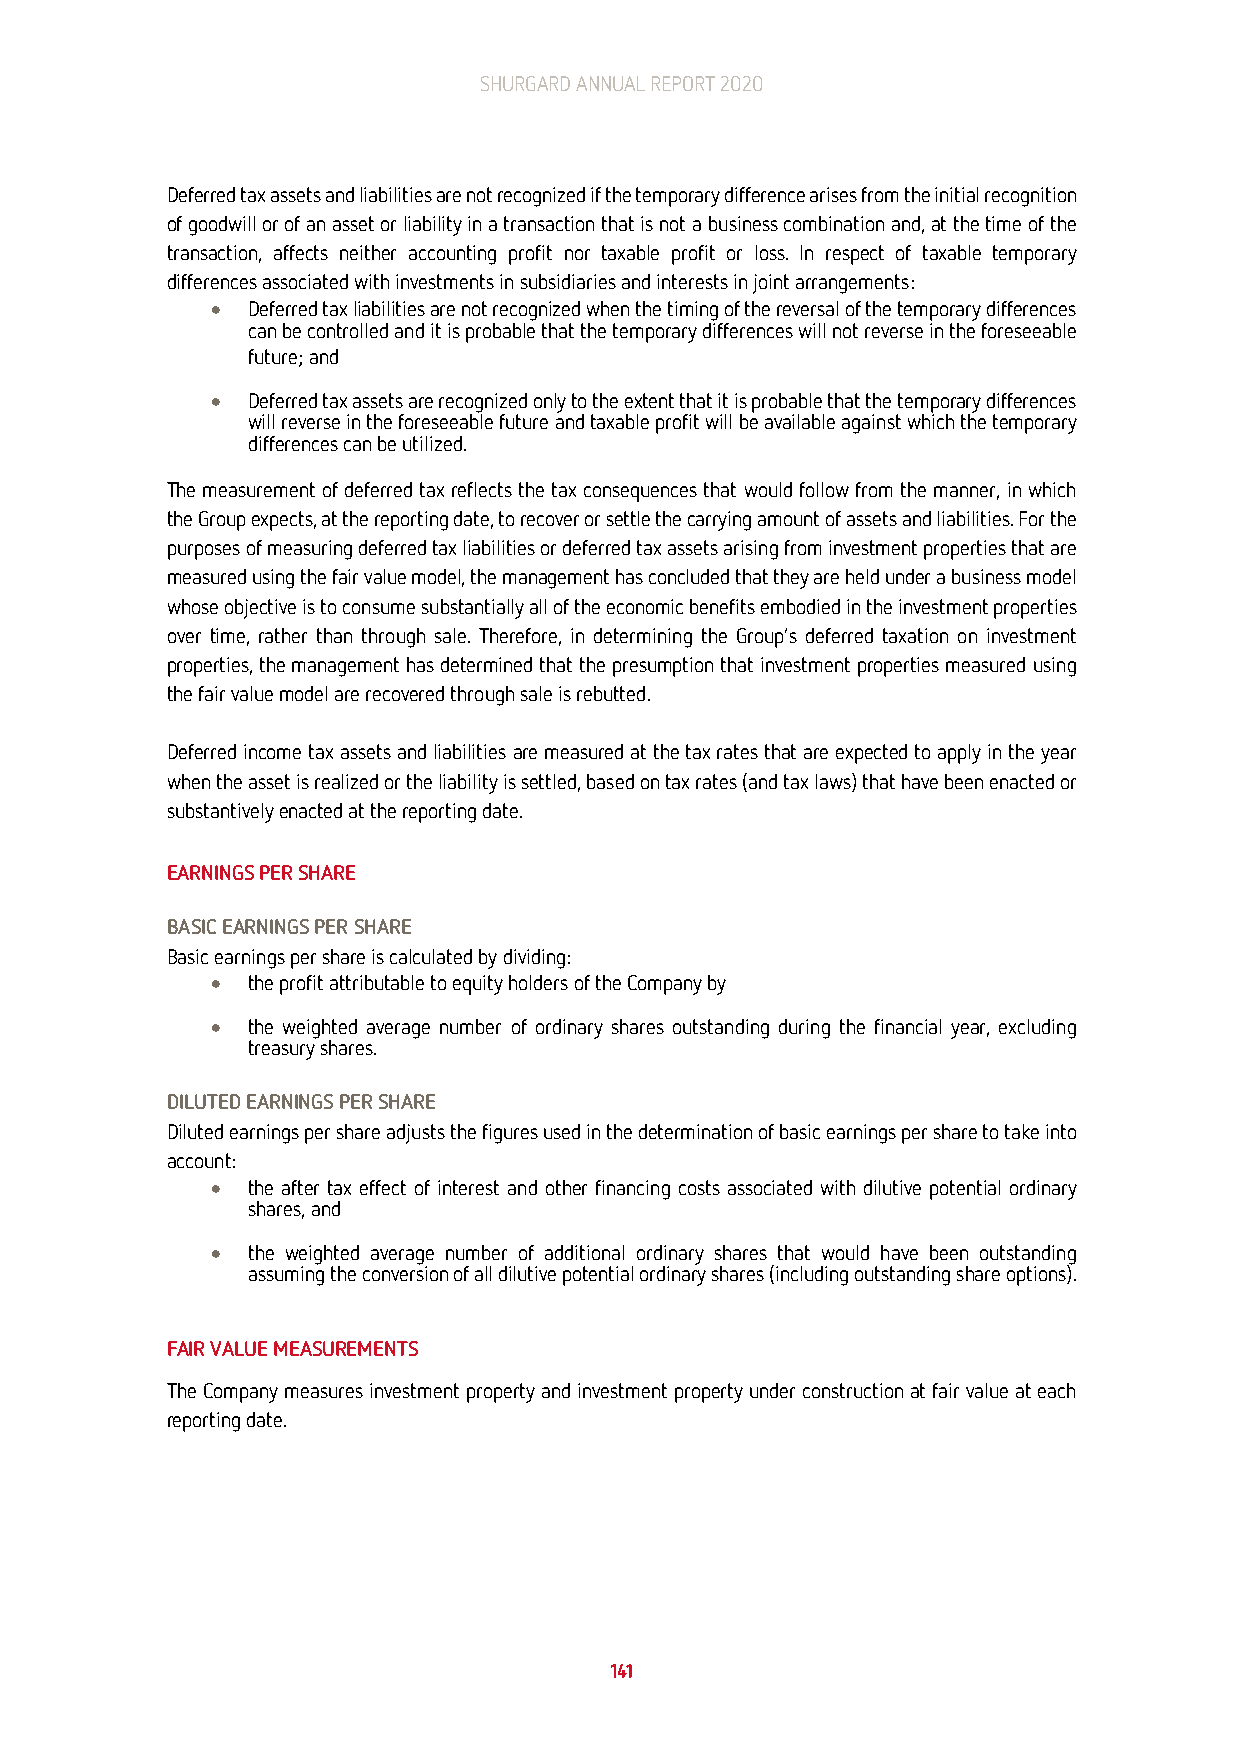
SHURGARD ANNUAL REPORT 2020
 Deferred tax assets and liabilities are not recognized if the temporary difference arises from the initial recognition
 of goodwill or of an asset or liability in a transaction that is not a business combination and, at the time of the
 transaction, affects neither accounting profit nor taxable profit or loss. In respect of taxable temporary
 differences associated with investments in subsidiaries and interests in joint arrangements:
 • Deferred tax liabilities are not recognized when the timing of the reversal of the temporary differences
 can be controlled and it is probable that the temporary differences will not reverse in the foreseeable
 future; and
 • Deferred tax assets are recognized only to the extent that it is probable that the temporary differences
 will reverse in the foreseeable future and taxable profit will be available against which the temporary
 differences can be utilized.
 The measurement of deferred tax reflects the tax consequences that would follow from the manner, in which
 the Group expects, at the reporting date, to recover or settle the carrying amount of assets and liabilities. For the
 purposes of measuring deferred tax liabilities or deferred tax assets arising from investment properties that are
 measured using the fair value model, the management has concluded that they are held under a business model
 whose objective is to consume substantially all of the economic benefits embodied in the investment properties
 over time, rather than through sale. Therefore, in determining the Group’s deferred taxation on investment
 properties, the management has determined that the presumption that investment properties measured using
 the fair value model are recovered through sale is rebutted.
 Deferred income tax assets and liabilities are measured at the tax rates that are expected to apply in the year
 when the asset is realized or the liability is settled, based on tax rates (and tax laws) that have been enacted or
 substantively enacted at the reporting date.
 EARNINGS PER SHARE
 BASIC EARNINGS PER SHARE
 Basic earnings per share is calculated by dividing:
 • the profit attributable to equity holders of the Company by
 • the weighted average number of ordinary shares outstanding during the financial year, excluding
 treasury shares.
 DILUTED EARNINGS PER SHARE
 Diluted earnings per share adjusts the figures used in the determination of basic earnings per share to take into
 account:
 • the after tax effect of interest and other financing costs associated with dilutive potential ordinary
 shares, and
 • the weighted average number of additional ordinary shares that would have been outstanding
 assuming the conversion of all dilutive potential ordinary shares (including outstanding share options).
 FAIR VALUE MEASUREMENTS
 The Company measures investment property and investment property under construction at fair value at each
 reporting date.
 141